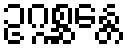
ဥဂ္ဂစ္ဆန္တေ